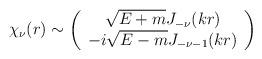
LaTeX: \begin{align*}\chi_{\nu}(r) \sim \left(\begin{array}{c}\sqrt{E+m}J_{-\nu}(kr)\\-i\sqrt{E-m}J_{-\nu-1}(kr)\end{array}\right)\end{align*}